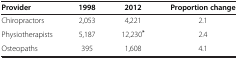
| Provider | 1998 | 2012 | Proportion change |
 | --- | --- | --- | --- |
 | Chiropractors | 2,053 | 4,221 | 2.1 |
 | Physiotherapists | 5,187 | 12,230* | 2.4 |
 | Osteopaths | 395 | 1,608 | 4.1 |